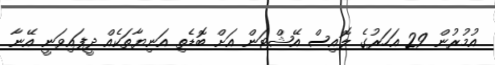
އުމުރުން 29 އަހަރުގެ ލޮއިސް އޭޝްޓަން އަށް ބޮޑެތި އަނިޔާތަކެއް ދީފައިވަނީ އޭނާ